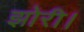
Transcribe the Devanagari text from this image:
झोरी।